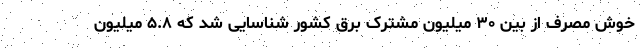
خوش مصرف از بین ۳۰ میلیون مشترک برق کشور شناسایی شد که ۵.۸ میلیون